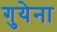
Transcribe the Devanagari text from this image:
गुयेना